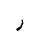
Letter: _ra